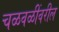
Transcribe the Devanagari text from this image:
चळवळींवरील